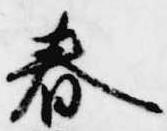
春